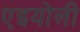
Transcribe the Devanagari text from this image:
एइयोली